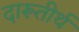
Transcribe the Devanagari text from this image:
दारूतीर्थ